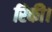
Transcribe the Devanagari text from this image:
रिकी।